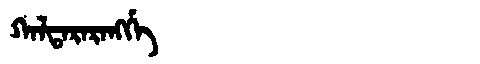
Manchu: ᡴᠠᠯᡨᠠᡵᠠᡵᠠᠩᡤᡝ
Romanization: KALTARARANGGE